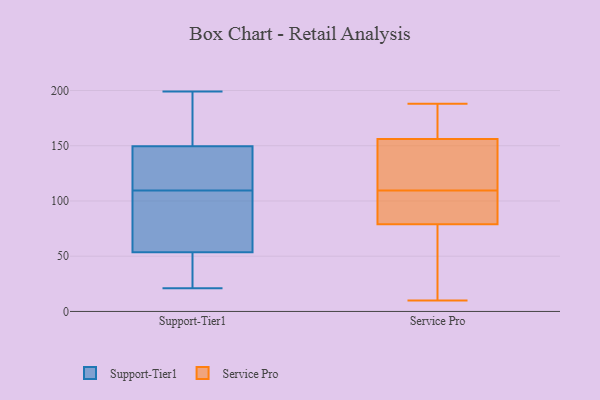
{"axis": {"x": "Humidity (%)", "y": "Value"}, "legend": ["Service Pro", "Support-Tier1"], "data": [{"x": "", "y": 87, "type": "Support-Tier1"}, {"x": "", "y": 21, "type": "Support-Tier1"}, {"x": "", "y": 115, "type": "Support-Tier1"}, {"x": "", "y": 36, "type": "Support-Tier1"}, {"x": "", "y": 30, "type": "Support-Tier1"}, {"x": "", "y": 96, "type": "Support-Tier1"}, {"x": "", "y": 49, "type": "Support-Tier1"}, {"x": "", "y": 199, "type": "Support-Tier1"}, {"x": "", "y": 194, "type": "Support-Tier1"}, {"x": "", "y": 89, "type": "Support-Tier1"}, {"x": "", "y": 49, "type": "Support-Tier1"}, {"x": "", "y": 112, "type": "Support-Tier1"}, {"x": "", "y": 116, "type": "Support-Tier1"}, {"x": "", "y": 107, "type": "Support-Tier1"}, {"x": "", "y": 179, "type": "Support-Tier1"}, {"x": "", "y": 169, "type": "Support-Tier1"}, {"x": "", "y": 149, "type": "Support-Tier1"}, {"x": "", "y": 131, "type": "Support-Tier1"}, {"x": "", "y": 58, "type": "Support-Tier1"}, {"x": "", "y": 150, "type": "Support-Tier1"}, {"x": "", "y": 79, "type": "Service Pro"}, {"x": "", "y": 72, "type": "Service Pro"}, {"x": "", "y": 127, "type": "Service Pro"}, {"x": "", "y": 188, "type": "Service Pro"}, {"x": "", "y": 92, "type": "Service Pro"}, {"x": "", "y": 52, "type": "Service Pro"}, {"x": "", "y": 145, "type": "Service Pro"}, {"x": "", "y": 159, "type": "Service Pro"}, {"x": "", "y": 81, "type": "Service Pro"}, {"x": "", "y": 86, "type": "Service Pro"}, {"x": "", "y": 156, "type": "Service Pro"}, {"x": "", "y": 127, "type": "Service Pro"}, {"x": "", "y": 10, "type": "Service Pro"}, {"x": "", "y": 186, "type": "Service Pro"}]}